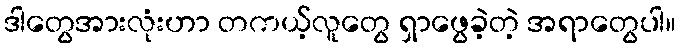
ဒါတွေအားလုံးဟာ တကယ့်လူတွေ ရှာဖွေခဲ့တဲ့ အရာတွေပါ။